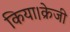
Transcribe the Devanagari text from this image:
किया।क्रेजी